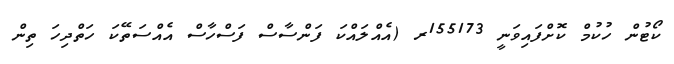
ކޯޓުން ހުކުމް ކޮށްފައިވަނީ 155173ރ (އެއްލައްކަ ފަންސާސް ފަސްހާސް އެއްސަތޭކަ ހަތްދިހަ ތިން